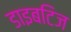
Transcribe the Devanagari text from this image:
डाइबटिज